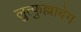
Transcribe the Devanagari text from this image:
लुत्फुल्लाबेग